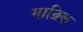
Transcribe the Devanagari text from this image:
मान्रिक